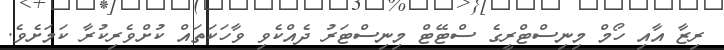
ރިޒާ އާއި ހޯމް މިނިސްޓްރީގެ ސްޓޭޓް މިނިސްޓަރު ދެއްކެވި ވާހަކަތައް ކުށްވެރިކުރާ ކަމަށެވެ.